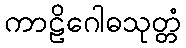
ကာဠိဂေါဓသုတ္တံ